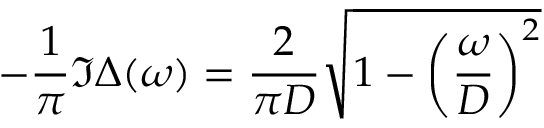
- \frac { 1 } { \pi } \Im \Delta ( \omega ) = \frac { 2 } { \pi D } \sqrt { 1 - \left( \frac { \omega } { D } \right) ^ { 2 } }